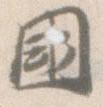
国